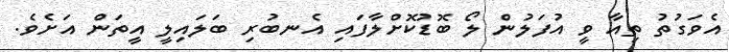
އެވަގުތު ތިއާ ވީ އުފަލުން ލޯ ބޮޑުކޮށްލާފައި އެނބުރި ބަލައިލީ އީތަން އަށެވެ.